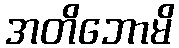
အတိဘောမိ